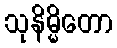
သုနိမ္မိတော